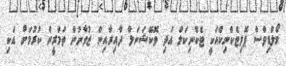
މޯލްޑިވްސް ޕޮލިޓެކްނިކްއަކީ ޓެކްނިކަލް އަދި ވޮކޭޝަނަލް ދާއިރާއިން ޒުވާނުން ތަމްރީން ކުރުމަށް އެކި